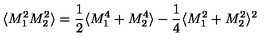
\langle M _ { 1 } ^ { 2 } M _ { 2 } ^ { 2 } \rangle = \frac { 1 } { 2 } \langle M _ { 1 } ^ { 4 } + M _ { 2 } ^ { 4 } \rangle - \frac { 1 } { 4 } \langle M _ { 1 } ^ { 2 } + M _ { 2 } ^ { 2 } \rangle ^ { 2 }